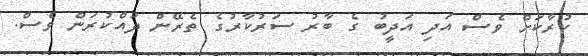
ކުރާކަށް ވެސް އަދި އަދީބު ގެ ބާރު ސަރުކާރުގެ ތެރޭން ދައްކުރަން ވެސް.